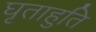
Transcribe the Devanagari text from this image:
घृताहुति